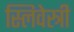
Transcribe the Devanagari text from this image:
स्लिवेस्त्री